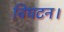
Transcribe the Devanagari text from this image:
विघटन।